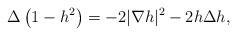
LaTeX: \begin{align*}\Delta\left(1-h^2\right)=-2|\nabla h|^2-2h\Delta h,\end{align*}